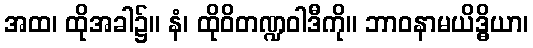
အထ၊ ထိုအခါ၌။ နံ၊ ထိုဝိတဏ္ဍဝါဒီကို။ ဘာဝနာမယိဒ္ဓိယာ၊